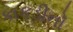
કાકડીનો